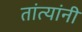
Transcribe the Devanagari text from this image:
तांत्यांनी